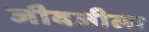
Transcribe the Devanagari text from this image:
जीवजीला